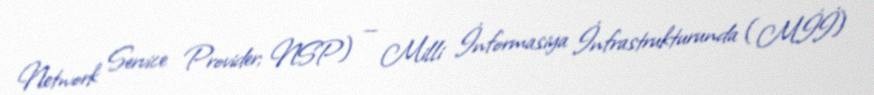
Network Service Provider; NSP) — Milli İnformasiya İnfrastrukturunda (Mİİ)